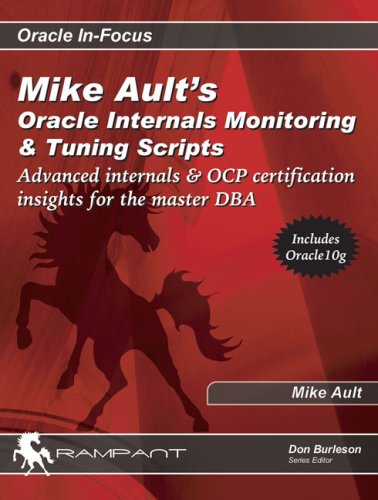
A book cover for Mike Ault's Oracle Internals Monitoring & Tuning Scripts: Advanced Internals & OCP Certification Insights for the Master DBA (Oracle In-Focus series); Mike Ault; Computers & Technology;